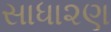
સાધા૨ણ